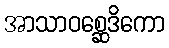
အာသာဝစ္ဆေဒိကော